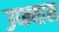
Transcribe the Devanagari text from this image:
उप्न्यास